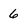
Character: 6